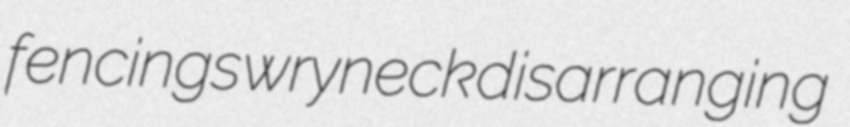
fencings wryneck disarranging